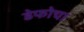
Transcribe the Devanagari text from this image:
डेफोचा